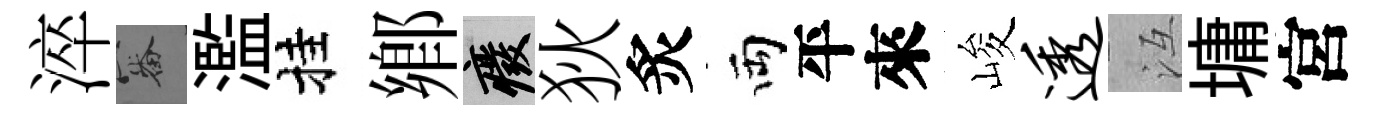
淬審濫挂鄉廢狄炙両平來峻透冱墉宮